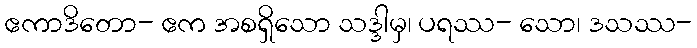
ဧကာဒိတော- ဧက အစရှိသော သဒ္ဒါမှ၊ ပရဿ- သော၊ ဒသဿ-